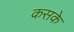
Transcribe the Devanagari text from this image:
कसके